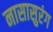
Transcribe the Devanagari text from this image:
नासासुरंग